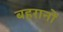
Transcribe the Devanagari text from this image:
बहरानों